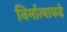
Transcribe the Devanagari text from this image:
निर्मात्याकडे